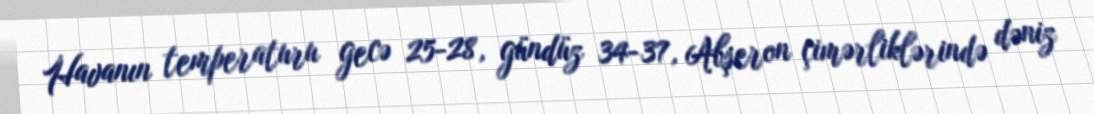
Havanın temperaturu gecə 25-28, gündüz 34-37, Abşeron çimərliklərində dəniz